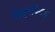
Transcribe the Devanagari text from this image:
यिट्टरबियम